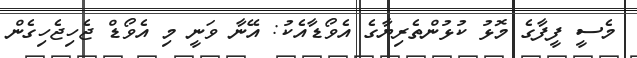
މެސީ ފީފާގެ މޮޅު ކުޅުންތެރިޔާގެ އެވޯޑާއެކު: އޭނާ ވަނީ މި އެވޯޑް ޖެހިޖެހިގެން